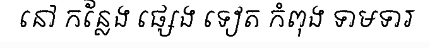
នៅ កន្លែង ផ្សេង ទៀត កំពុង ទាមទារ